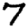
Digit: 7